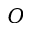
O